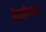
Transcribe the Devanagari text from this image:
ढंकनेवाले